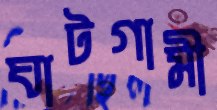
ঘাটগামী